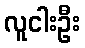
လူငါးဦး